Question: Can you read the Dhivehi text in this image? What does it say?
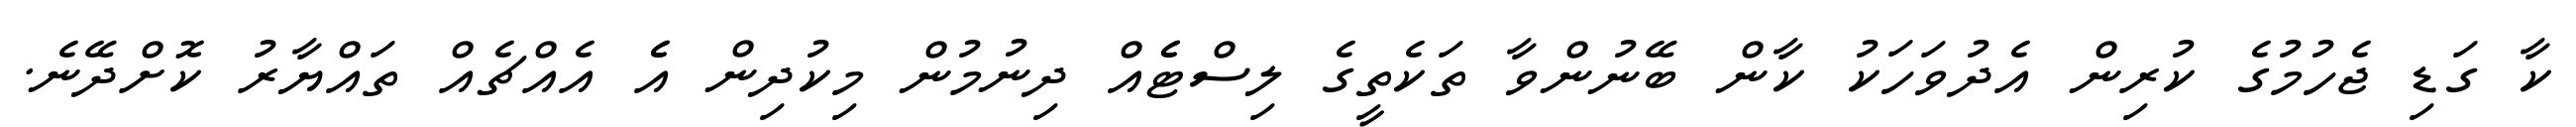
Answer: ކާ ގަޑި ޖެހުމުގެ ކުރިން އެދުވަހަކު ކާން ބޭނުންވާ ތަކެތީގެ ލިސްޓެެއް ދިނުމުން މިކުދިން އެެ އެއްޗެއް ތައްޔާރު ކޮށްދޭނެ.